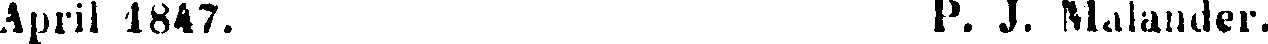
April 1847. P. J. Malander.